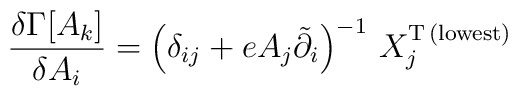
\frac{\delta\Gamma[A_{k}]}{\delta A_{i}} = \left(\delta_{ij} + eA_{j}\tilde{\partial}_{i}\right)^{-1}\,X_{j}^{{\rm T}\,{\rm    (lowest)}}